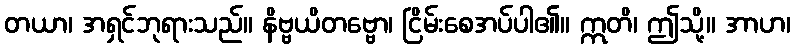
တယာ၊ အရှင်ဘုရားသည်။ နိဗ္ဗယိတဗ္ဗော၊ ငြိမ်းစေအပ်ပါ၏။ ဣတိ၊ ဤသို့။ အာဟ၊